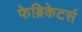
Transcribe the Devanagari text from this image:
फेब्रिकेटर्स